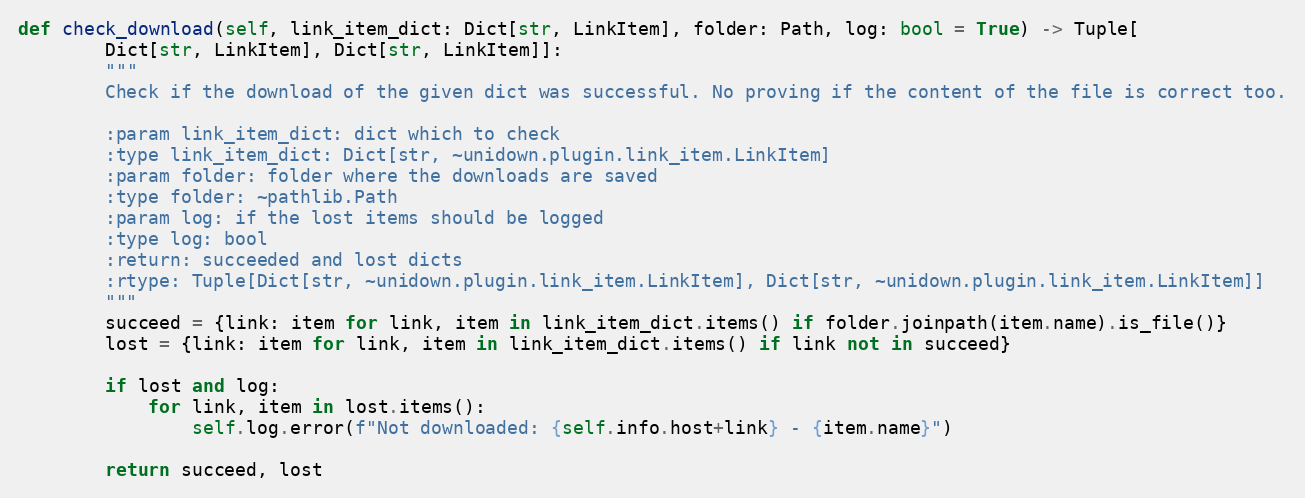
Language: Python
def check_download(self, link_item_dict: Dict[str, LinkItem], folder: Path, log: bool = True) -> Tuple[
        Dict[str, LinkItem], Dict[str, LinkItem]]:
        """
        Check if the download of the given dict was successful. No proving if the content of the file is correct too.

        :param link_item_dict: dict which to check
        :type link_item_dict: Dict[str, ~unidown.plugin.link_item.LinkItem]
        :param folder: folder where the downloads are saved
        :type folder: ~pathlib.Path
        :param log: if the lost items should be logged
        :type log: bool
        :return: succeeded and lost dicts
        :rtype: Tuple[Dict[str, ~unidown.plugin.link_item.LinkItem], Dict[str, ~unidown.plugin.link_item.LinkItem]]
        """
        succeed = {link: item for link, item in link_item_dict.items() if folder.joinpath(item.name).is_file()}
        lost = {link: item for link, item in link_item_dict.items() if link not in succeed}

        if lost and log:
            for link, item in lost.items():
                self.log.error(f"Not downloaded: {self.info.host+link} - {item.name}")

        return succeed, lost